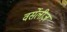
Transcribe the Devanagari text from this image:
वर्सेलीज़